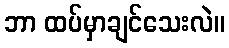
ဘာ ထပ်မှာချင်သေးလဲ။